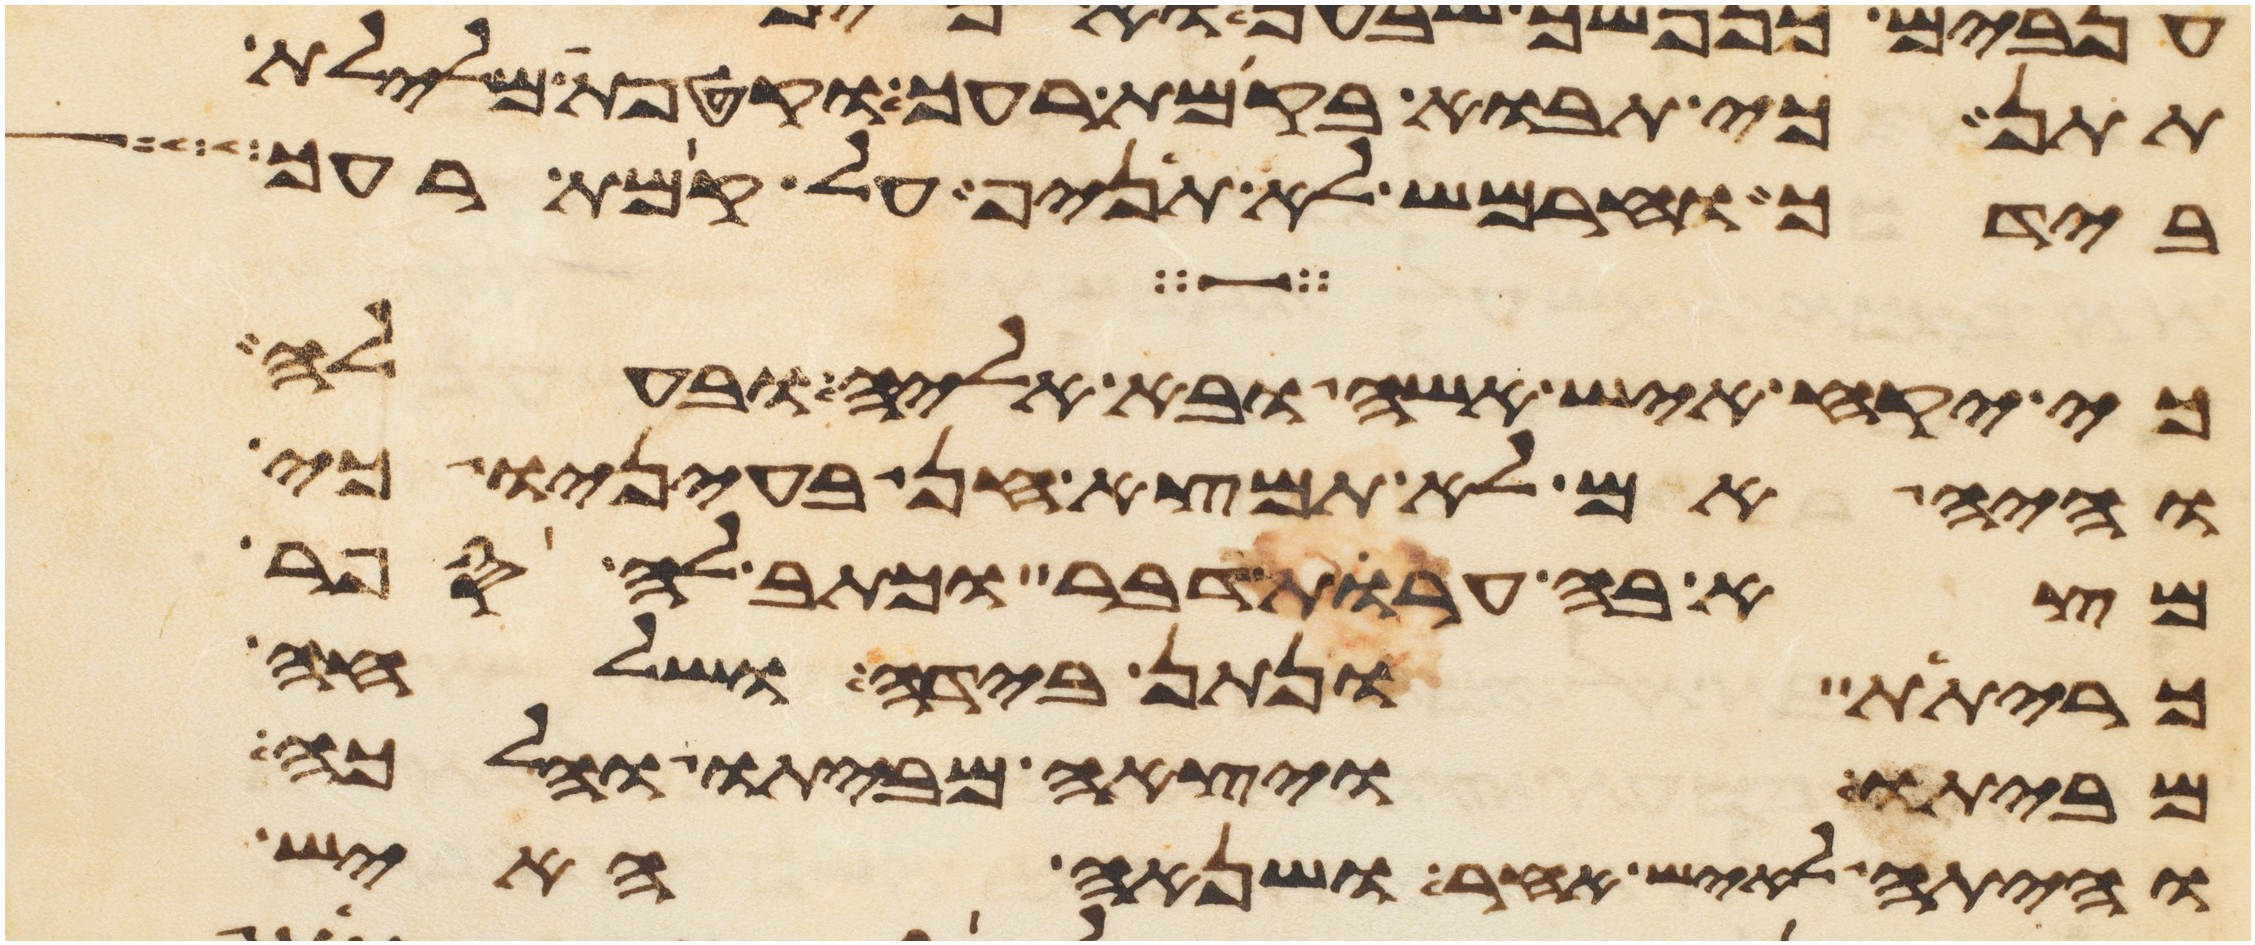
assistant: תתן כי תבוא בקמת רעך וקטפת מלילת
בידך וחרמש לא תניף על קמת רעך
כי יקח איש אשה ובא אליה ובעלה
והיה אם לא תמצא חן בעיניו כי
מצא בה ערות דבר וכתב לה ספר
כריתת ונתן בידה ושלחה
מביתו ויצאה מביתו והלכה
והיתה לאיש אחר ושנאה האיש